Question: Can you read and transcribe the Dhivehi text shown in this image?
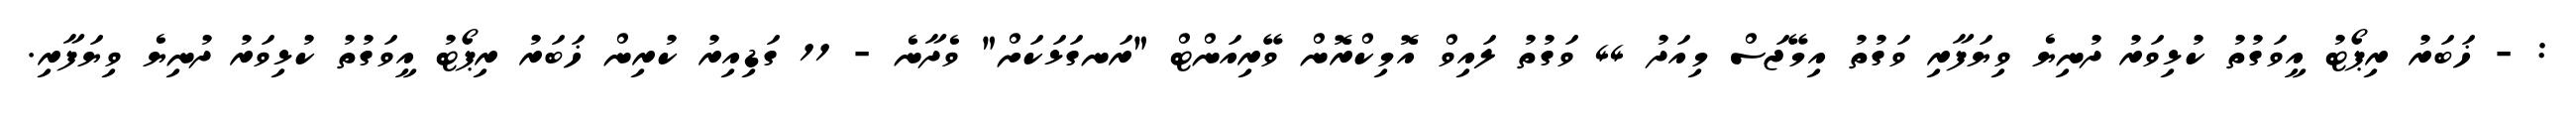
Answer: : - ޚަބަރު ރިޕޯޓު އީވަގުތު ކުޅިވަރު ދުނިޔެ ވިޔަފާރި ވަގުތު އިމޭޖަސް މިއަދު 44 ވަގުތު ލައިވް އޮމިކްރޮން ވޭރިއަންޓް "ރަނގަޅަކަށް" ވެދާނެ - 11 ގަޑިއިރު ކުރިން ޚަބަރު ރިޕޯޓު އީވަގުތު ކުޅިވަރު ދުނިޔެ ވިޔަފާރި.